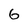
Character: 6